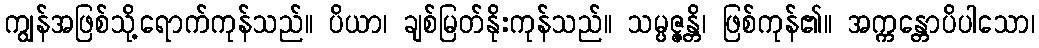
ကျွန်အဖြစ်သို့ရောက်ကုန်သည်။ ပိယာ၊ ချစ်မြတ်နိုးကုန်သည်။ သမ္ပဇ္ဇန္တိ၊ ဖြစ်ကုန်၏။ အက္ကန္တောပိပါသော၊